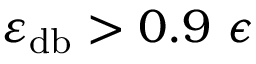
\varepsilon _ { \mathrm { d b } } > 0 . 9 ~ \epsilon